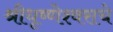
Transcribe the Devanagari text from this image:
श्रीधृष्णेश्वराचे